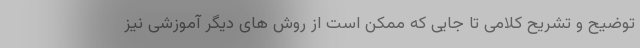
توضیح و تشریح کلامی تا جایی که ممکن است از روش های دیگر آموزشی نیز